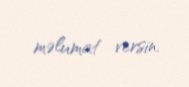
məlumat versin.